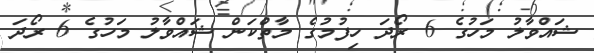
ޝައްވާލު މަހުގެ 6 ރޯދަ ހިފުމުގެ މާތްކަން ޝައްވާލު މަހުގެ 6 ރޯދަ